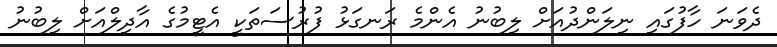
ދެވަނަ ހާފުގައި ނިލަންދުއަށް ލިބުނު އެންމެ ރަނގަޅު ފުރުސަތަކީ އެޓީމުގެ އާދިލްއަށް ލިބުނު